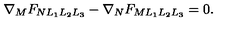
\nabla _ { M } F _ { N L _ { 1 } L _ { 2 } L _ { 3 } } - \nabla _ { N } F _ { M L _ { 1 } L _ { 2 } L _ { 3 } } = 0 .